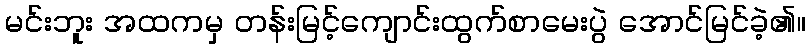
မင်းဘူး အထကမှ တန်းမြင့်ကျောင်းထွက်စာမေးပွဲ အောင်မြင်ခဲ့၏။